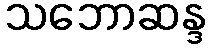
သဘောဆန္ဒ